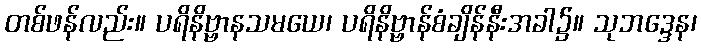
တစ်ဖန်လည်း။ ပရိနိဗ္ဗာနသမယေ၊ ပရိနိဗ္ဗာန်စံချိန်နီးအခါ၌။ သုဘဒ္ဒေန၊